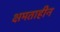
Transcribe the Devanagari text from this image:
क्षमताहीन